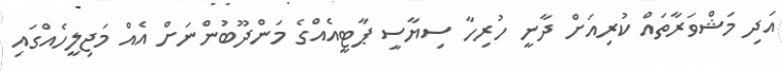
އަދި މަޝްވަރާތައް ކުރިއަށް ދާނީ ހުރިހާ ސިޔާސީ ޕާޓީއެއްގެ މަންދޫބުންނަށް އެއް މަޖިލީހެއްގައި